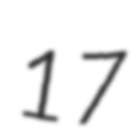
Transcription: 17